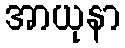
အာယုနာ